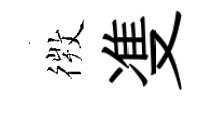
𢕄㕠